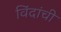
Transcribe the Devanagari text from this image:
विंदांची